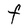
Character: F